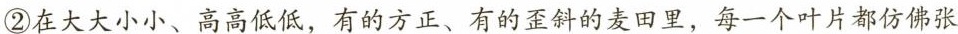
②在大大小小、高高低低，有的方正、有的歪斜的麦田里，每一个叶片都仿佛张